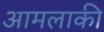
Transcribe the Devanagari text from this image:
आमलाकी